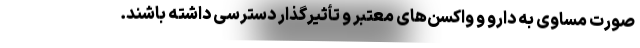
صورت مساوی به دارو و واکسن‌های معتبر و تأثیرگذار دسترسی داشته باشند.